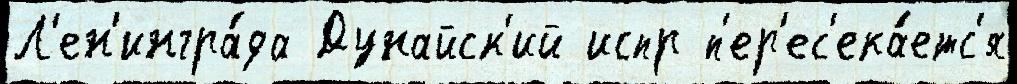
Л'ен'ингра́да Дунайск'ий испр п'ер'ес'ека́етс'я